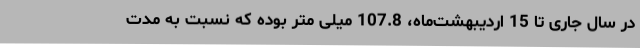
در سال جاری تا 15 اردیبهشت‌ماه، 107.8 میلی متر بوده که نسبت به مدت